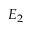
E _ { 2 }